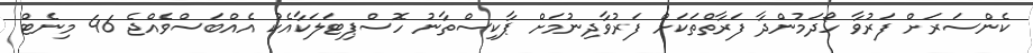
ކެންސަރަށް ފަރުވާ ހޯދަމުންދާ ފަރާތްތަކަށް ފަރުވާދިނުމަށް ޕާކިސްތާނު ހޮސްޕިޓަލަކާއެކު އެއްބަސްވެއްޖެ 46 މިނެޓް